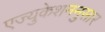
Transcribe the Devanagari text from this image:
एज्युकेशननुसार